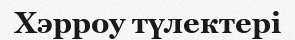
Хэрроу түлектері